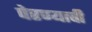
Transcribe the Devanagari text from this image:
पेरण्याची